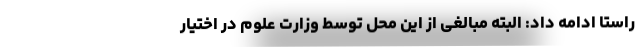
راستا ادامه داد: البته مبالغی از این محل توسط وزارت علوم در اختیار